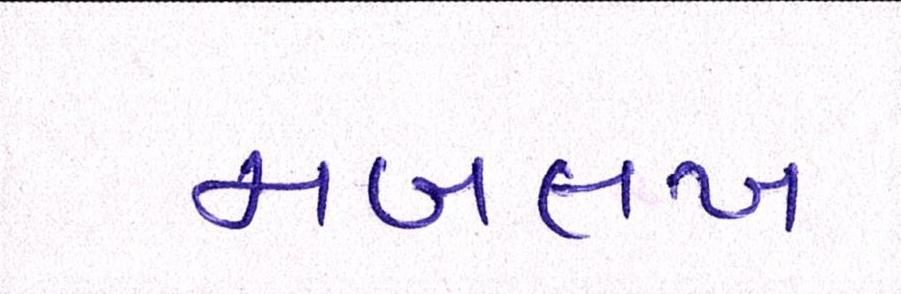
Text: મબલખ